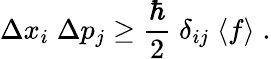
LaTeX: \Delta x_{i}\; \Delta p_{j}\ge\frac{\hbar}{2}\; \delta_{ij}\; \langle f\rangle\; .